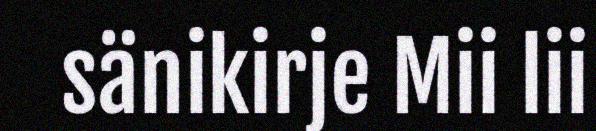
sänikirje Mii lii